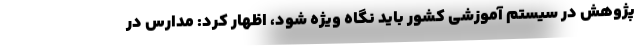
پژوهش در سیستم آموزشی کشور باید نگاه ویژه شود، اظهار کرد: مدارس در